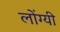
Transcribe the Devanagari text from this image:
लोंग्यी